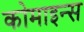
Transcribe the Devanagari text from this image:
कोमाइन्स